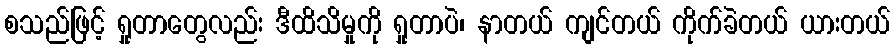
စသည်ဖြင့် ရှုတာတွေလည်း ဒီထိသိမှုကို ရှုတာပဲ၊ နာတယ် ကျင်တယ် ကိုက်ခဲတယ် ယားတယ်